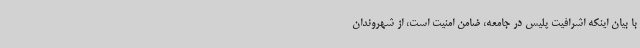
با بیان اینکه اشرافیت پلیس در جامعه، ضامن امنیت است، از شهروندان